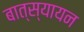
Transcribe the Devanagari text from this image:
बात्स्यायन